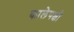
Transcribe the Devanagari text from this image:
कालेपक्षी